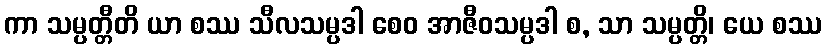
ကာ သမ္ပတ္တီတိ ယာ စဿ သီလသမ္ပဒါ စေဝ အာဇီဝသမ္ပဒါ စ, သာ သမ္ပတ္တိ၊ ယေ စဿ